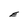
Character: E